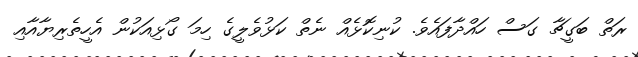
ރަތް ބަގީޗާ ގަސް ހައްދާފައެވެ. ކުނިކޮޅެއް ނެތް ކަޅުވެލީގެ ހިމަ ގޯޅިއަކުން އެހީތެރިޔާއާއި